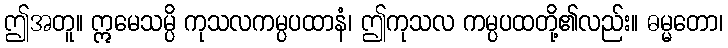
ဤအတူ။ ဣမေသမ္ပိ ကုသလကမ္ပပထာနံ၊ ဤကုသလ ကမ္ပပထတို့၏လည်း။ ဓမ္မတော၊